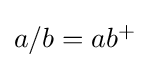
\textstyle a/b=ab^{+}